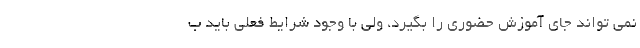
نمی تواند جای آموزش حضوری را بگیرد، ولی با وجود شرایط فعلی باید ب